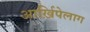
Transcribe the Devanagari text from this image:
आर्ख़िपेलाग